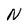
Character: N